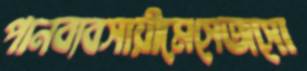
পানব্যবসায়ীমেসেজসো